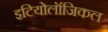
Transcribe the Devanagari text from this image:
इटियोलॉजिकल